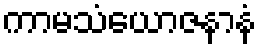
ကာမသံယောဇနာနံ